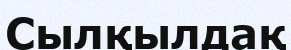
Сылқылдақ